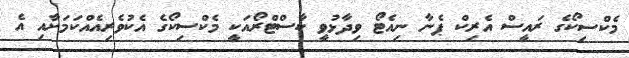
މެކްސިކޯގެ ރައީސް އެރިކް ޕެނާ ނިއެޓޯ ވިދާޅުވީ ކާސްޓްރޯއަކީ މެކްސިކޯގެ އެކުވެރިއެއްކަމަށާއި އެ